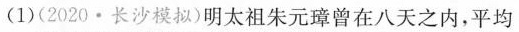
(1)(2020·长沙模拟)明太祖朱元璋曾在八天之内，平均